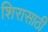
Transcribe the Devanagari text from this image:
शिरासाठी